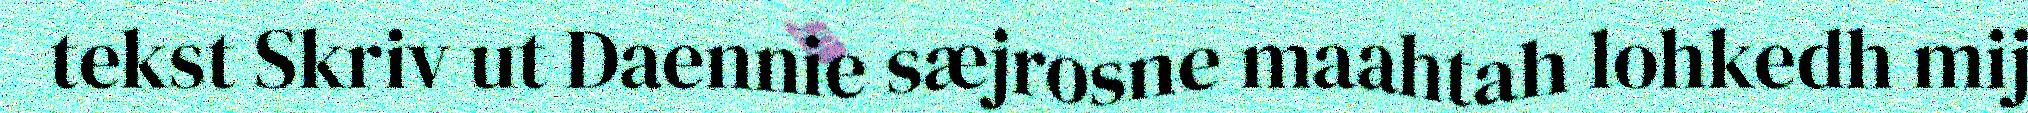
tekst Skriv ut Daennie sæjrosne maahtah lohkedh mij